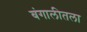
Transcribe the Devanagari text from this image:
बंगालीतला